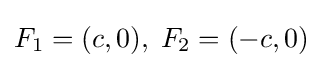
F_{1}=(c,0),\;F_{2}=(-c,0)